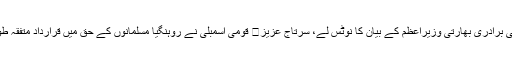
اقوام متحدہ اور عالمی برادری بھارتی وزیراعظم کے بیان کا نوٹس لے، سرتاج عزیز	 قومی اسمبلی نے روہنگیا مسلمانوں کے حق میں قرارداد متفقہ طور پر منظور کر لی